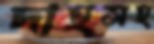
দাহসহ